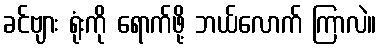
ခင်ဗျား ရုံးကို ရောက်ဖို့ ဘယ်လောက် ကြာလဲ။